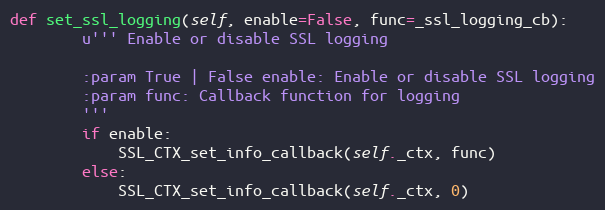
Language: Python
def set_ssl_logging(self, enable=False, func=_ssl_logging_cb):
        u''' Enable or disable SSL logging

        :param True | False enable: Enable or disable SSL logging
        :param func: Callback function for logging
        '''
        if enable:
            SSL_CTX_set_info_callback(self._ctx, func)
        else:
            SSL_CTX_set_info_callback(self._ctx, 0)